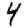
Digit: 4